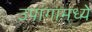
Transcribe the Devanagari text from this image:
उपांगामध्ये